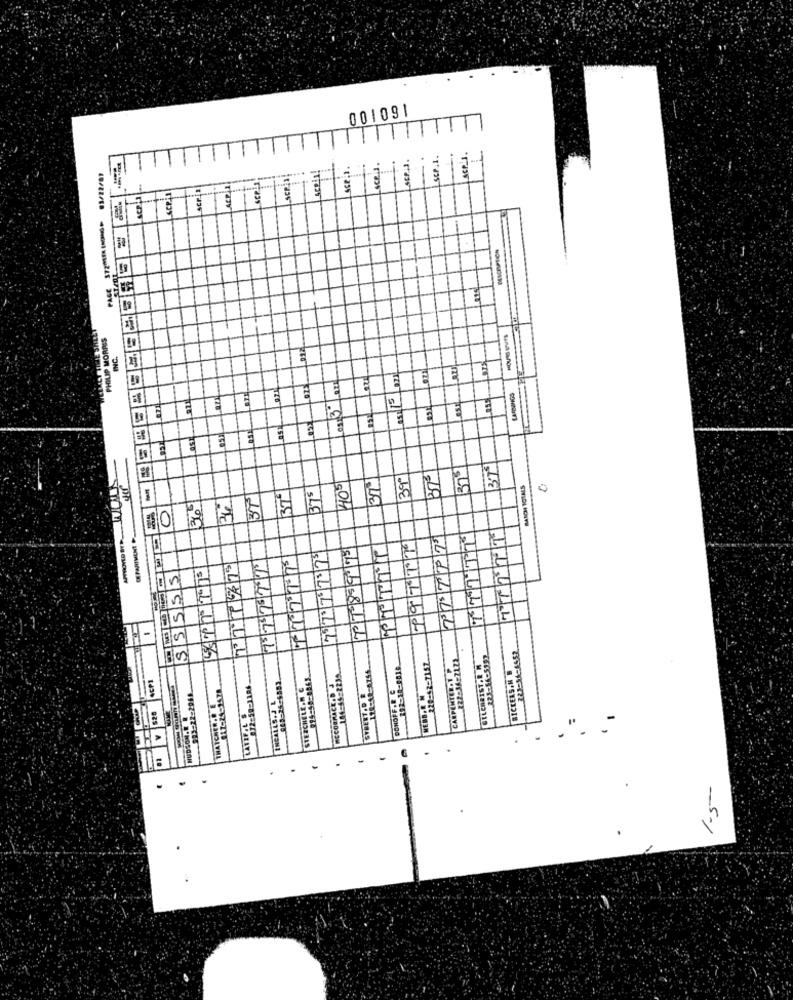
001091
TTI
PAGE 37201810010- 03/22/07
Sce.
ALPIN
11111111
Sep
SCRI
MSCIPION
19
ere
CLIMACT TIME SHEET
PHILIP MORRIS
ALI
LARDONGS
12
39ª
370
375
405
37º
15 2 5 5 6 65
37
36-
36
0
DEPARTMENT
PPTPT
TRITT
71899
P9TT7
77737
555
HEN
S
229-42-7157
222:36221ZŁ
CARPENTER.1 P
GELCARIST.2 M
104:45:2239.
BICKERS.H B
983-22-2966
812:59-1186
STERCHELE.N C
MCCORMACK .D J
DONOFF.R. C
INCALLS. J L
STREET.D &
MERD.R M
$28
THATCHER.O. E
HUDSON.E. R
.
-
.
1-5-
.